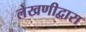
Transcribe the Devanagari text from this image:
लेखणीद्वारा